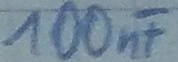
Text: 100nF